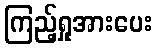
ကြည့်ရှုအားပေး